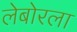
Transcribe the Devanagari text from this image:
लेबोरला